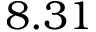
8 . 3 1